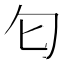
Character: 匂